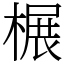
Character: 榐